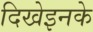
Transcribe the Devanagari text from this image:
दिखेइनके